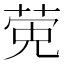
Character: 𬝂